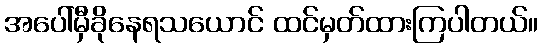
အပေါ်မှီခိုနေရသယောင် ထင်မှတ်ထားကြပါတယ်။